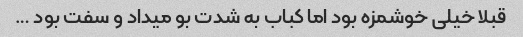
قبلا خیلی خوشمزه بود اما کباب به شدت بو میداد و سفت بود …